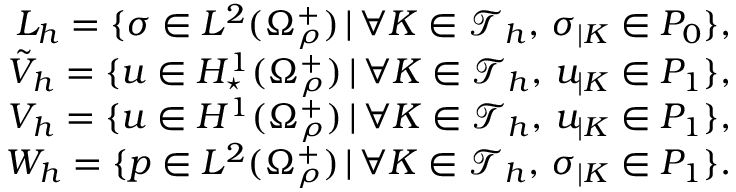
\begin{array} { r } { L _ { h } = \{ \sigma \in L ^ { 2 } ( \Omega _ { \rho } ^ { + } ) \, | \, \forall K \in \mathcal T _ { h } , \, \sigma _ { | K } \in P _ { 0 } \} , } \\ { \tilde { V } _ { h } = \{ u \in H _ { \star } ^ { 1 } ( \Omega _ { \rho } ^ { + } ) \, | \, \forall K \in \mathcal T _ { h } , \, u _ { | K } \in P _ { 1 } \} , } \\ { V _ { h } = \{ u \in H ^ { 1 } ( \Omega _ { \rho } ^ { + } ) \, | \, \forall K \in \mathcal T _ { h } , \, u _ { | K } \in P _ { 1 } \} , } \\ { W _ { h } = \{ p \in L ^ { 2 } ( \Omega _ { \rho } ^ { + } ) \, | \, \forall K \in \mathcal T _ { h } , \, \sigma _ { | K } \in P _ { 1 } \} . } \end{array}